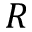
R